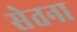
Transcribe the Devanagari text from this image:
सेतना